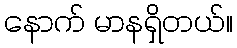
နောက် မာနရှိတယ်။